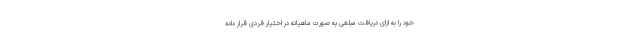
خود را به ازای دریافت مبلغی به صورت ماهیانه در اختیار فردی قرار داده